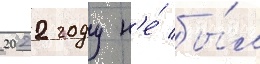
2022 году н'е́ бы́л